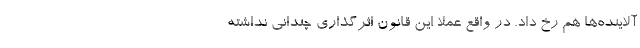
آلاینده‌ها هم رخ داد. در واقع عملا این قانون اثرگذاری چندانی نداشته